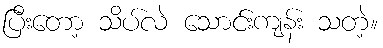
ပြီးတော့ သိပ်လဲ သောင်းကျန်း သတဲ့။